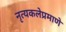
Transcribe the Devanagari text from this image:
नृत्यकलेप्रमाणे